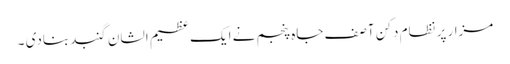
مزار پر نظام دکن آصف جاہ پنجم نے ایک عظیم الشان گنبد بنادی ۔